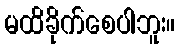
မထိခိုက်စေပါဘူး။